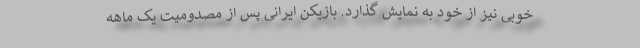
خوبی نیز از خود به نمایش گذارد. بازیکن ایرانی پس از مصدومیت یک ماهه